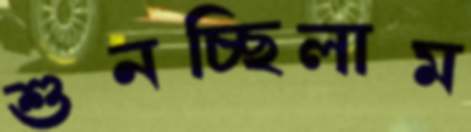
শুনচ্ছিলাম